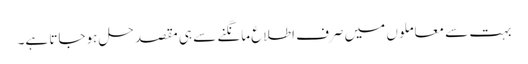
بہت سے معاملوں میں صرف اطلاع مانگنے سے ہی مقصد حل ہوجاتا ہے۔